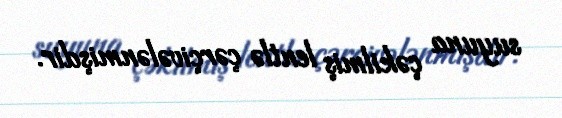
suyuna çəkilmiş lentlə çərçivələnmişdir.